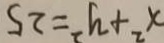
x ^ { 2 } + y ^ { 2 } = 2 5